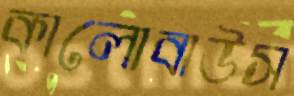
কালোবাউস